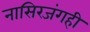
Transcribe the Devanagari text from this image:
नासिरजंगही